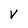
Character: V